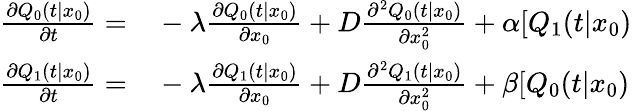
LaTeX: \begin{array}{rl}{\frac{\partial Q_{0}(t|x_{0})}{\partial t}=}&{{}-\lambda\frac{\partial Q_{0}(t|x_{0})}{\partial x_{0}}+D\frac{\partial^{2}Q_{0}(t|x_{0})}{\partial x_{0}^{2}}+\alpha[Q_{1}(t|x_{0})}\\ {\frac{\partial Q_{1}(t|x_{0})}{\partial t}=}&{{}-\lambda\frac{\partial Q_{1}(t|x_{0})}{\partial x_{0}}+D\frac{\partial^{2}Q_{1}(t|x_{0})}{\partial x_{0}^{2}}+\beta[Q_{0}(t|x_{0})}\end{array}